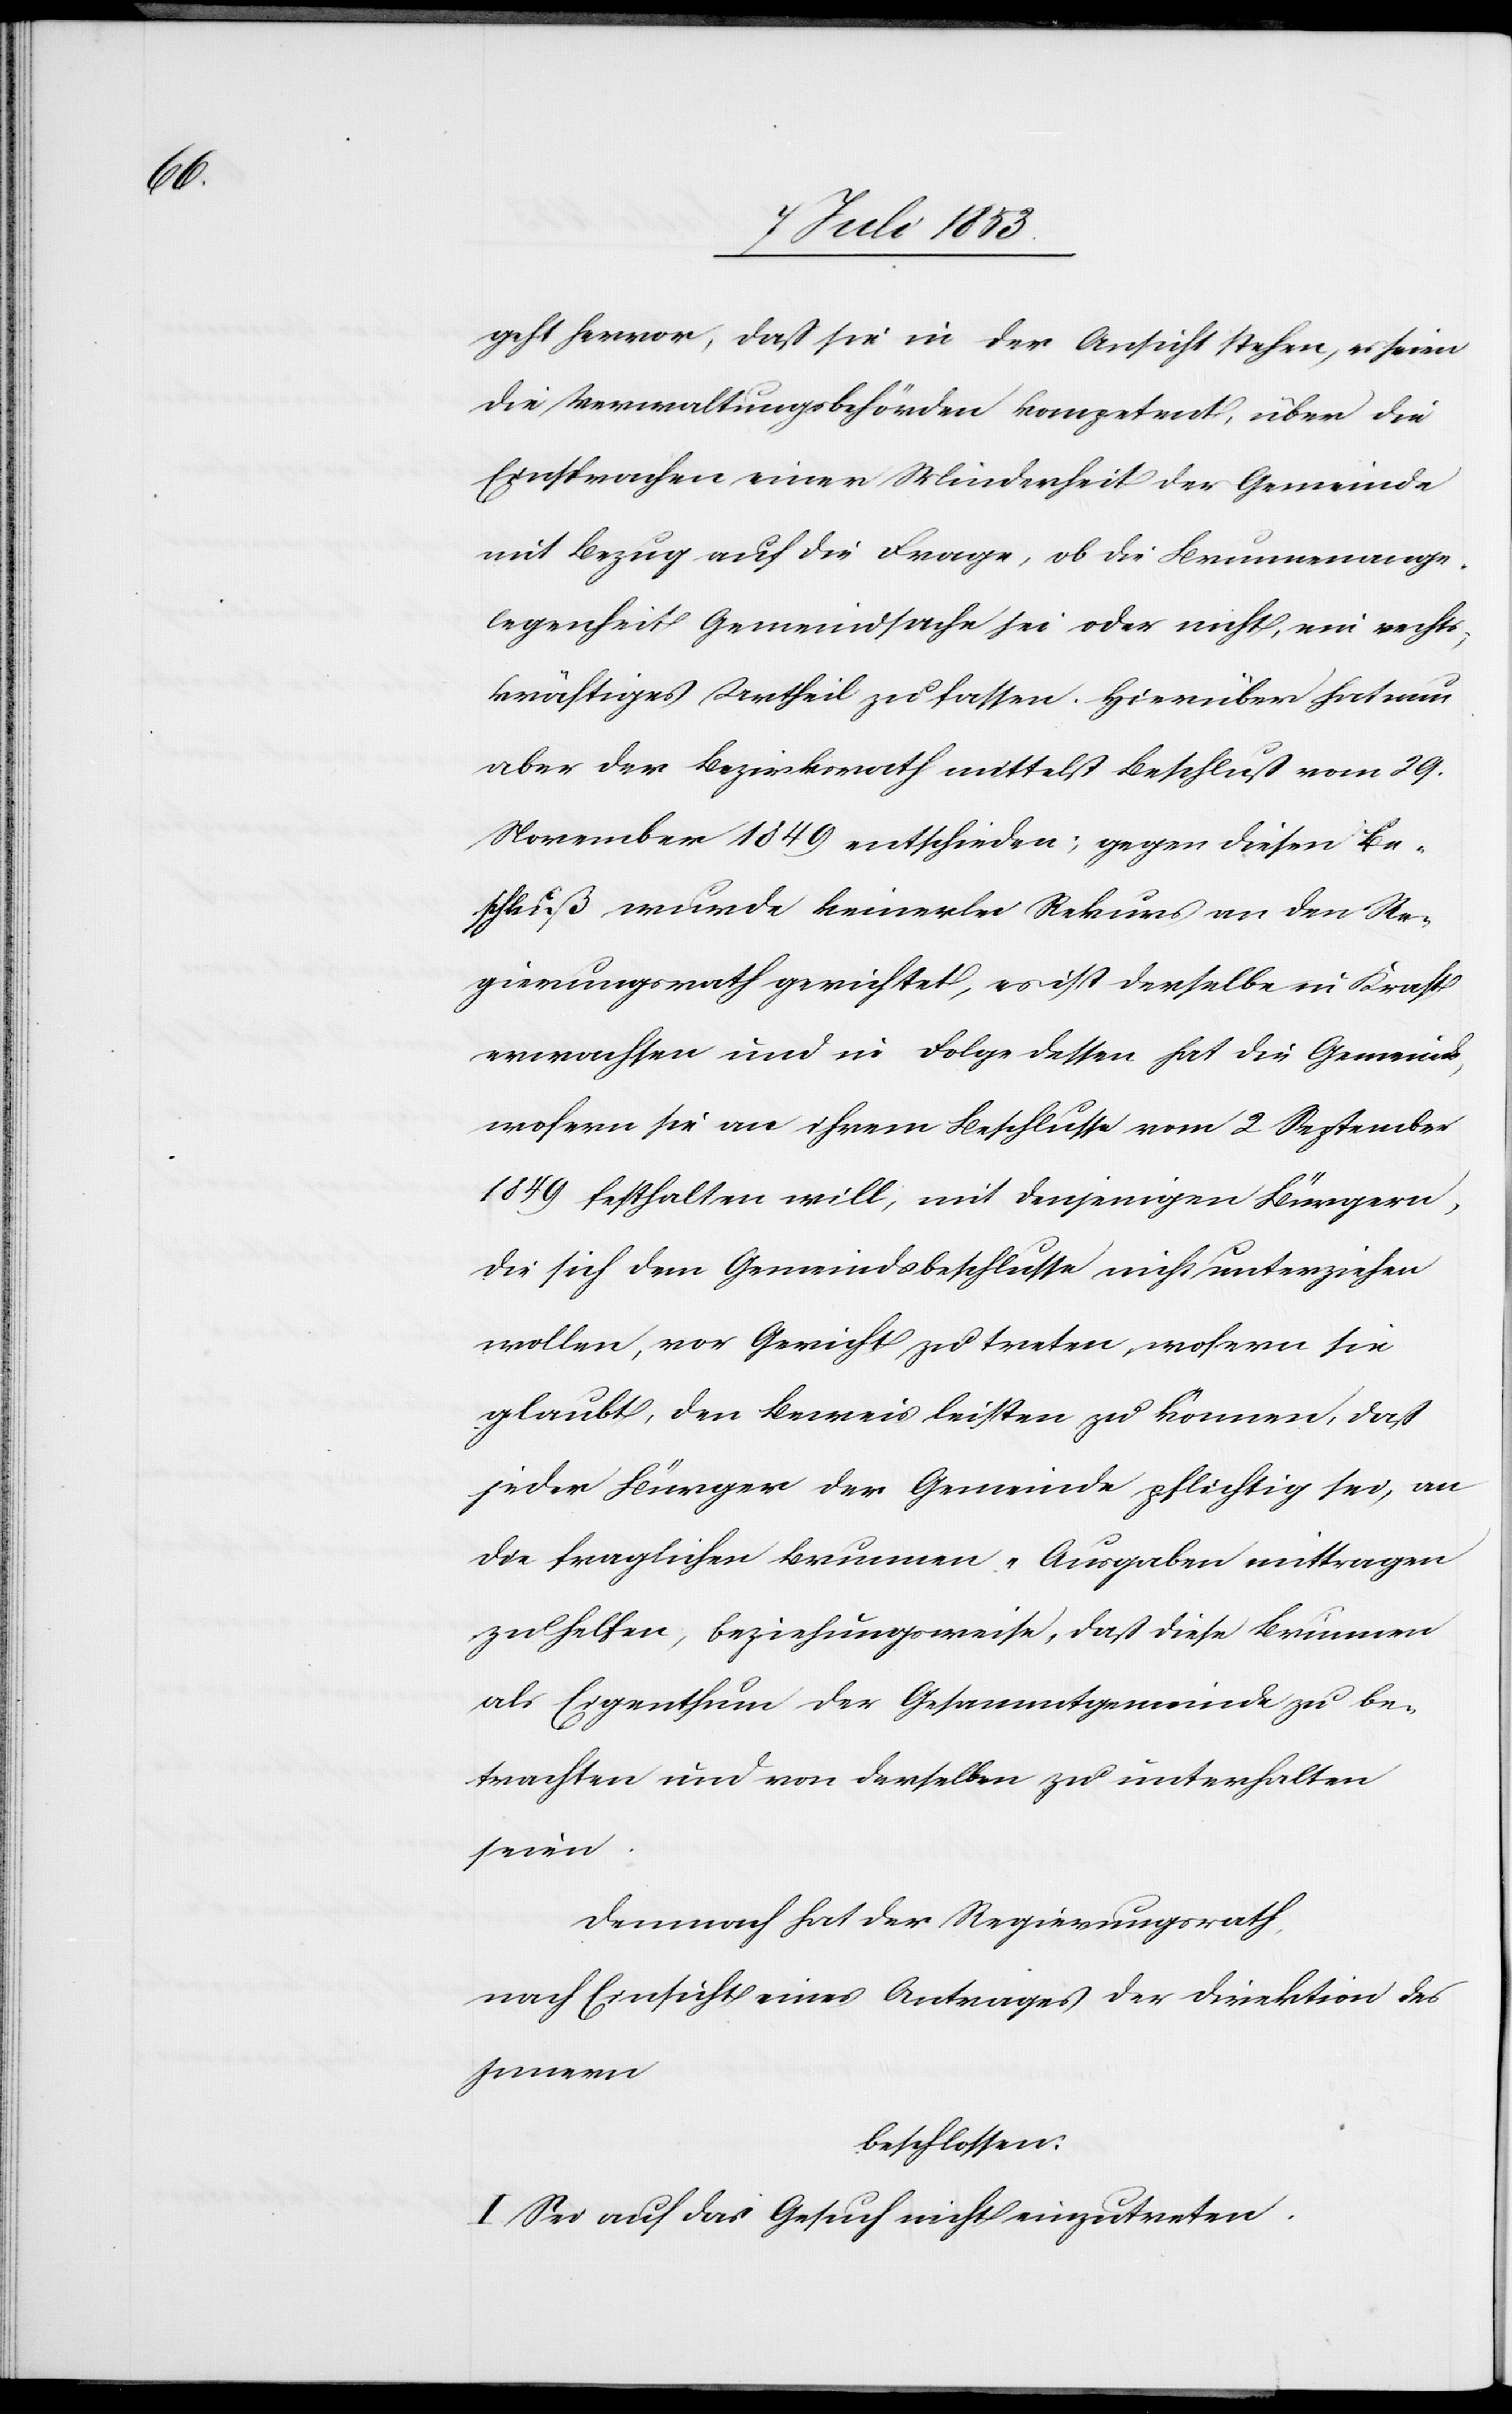
geht hervor, daß sie in der Ansicht stehen, es seien
die Verwaltungsbehörden kompetent, über die
Einsprachen einer Minderheit der Gemeinde
mit Bezug auf die Frage, ob die Brunnenange¬
legenheit Gemeindsache sei oder nicht, ein recht¬
kräftiges Urtheil zu fassen. Hierüber hat nun
aber der Bezirksrath mittelst Beschluß vom 29.
November 1849 entschieden; gegen diesen Be¬
schluß wurde keinerlei Rekurs an den Re¬
gierungsrath gerichtet, es ist derselbe in Kraft
erwachsen und in Folge dessen hat die Gemeinde
wofern sie an ihrem Beschlusse vom 2 September
1849 festhalten will, mit denjenigen Bürgern,
die sich dem Gemeindsbeschlusse nicht unterziehen
wollen, vor Gericht zu treten, wofern sie
glaubt, den Beweis leisten zu können, daß
jeder Bürger der Gemeinde pflichtig sei, an
die fraglichen Brunnen-Ausgaben mittragen
zu helfen, beziehungsweise, daß diese Brunnen
als Eigenthum der Gesammtgemeinde zu be¬
trachten und von derselben zu unterhalten
seien.
Demnach hat der Regierungsrath,
nach Einsicht eines Antrages der Direktion des
Innern,
beschlossen:
I. Sei auf das Gesuch nicht einzutreten.